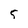
Character: 5